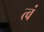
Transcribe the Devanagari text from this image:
त्वं